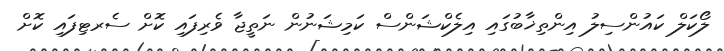
ލޯކަލް ކައުންސިލު އިންތިޚާބުގައި އިލެކްޝަންސް ކަމިޝަނުން ނަތީޖާ ވެރިފައި ކޮށް ސެރޓިފައި ކޮށް